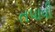
તપાવી